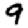
Digit: 9